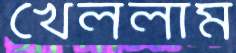
খেললাম